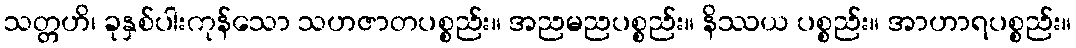
သတ္တဟိ၊ ခုနှစ်ပါးကုန်သော သဟဇာတပစ္စည်း။ အညမညပစ္စည်း။ နိဿယ ပစ္စည်း။ အာဟာရပစ္စည်း။